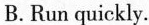
B. Run quickly.